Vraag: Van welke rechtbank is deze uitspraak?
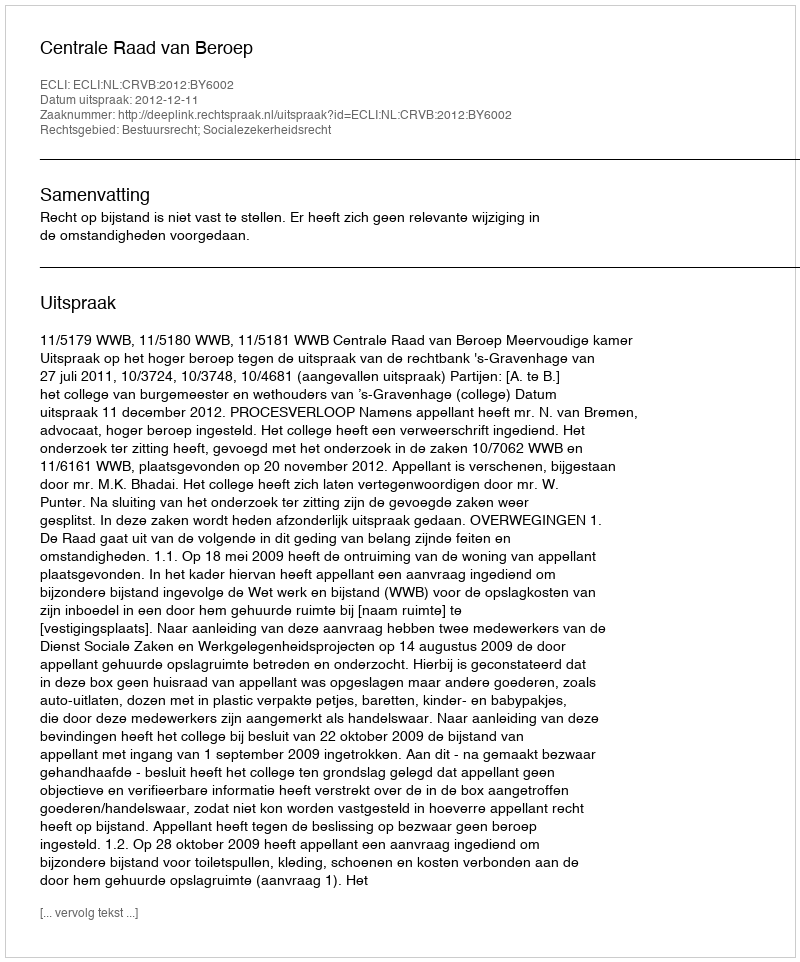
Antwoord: Centrale Raad van Beroep